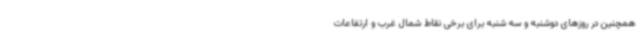
همچنین در روزهای دوشنبه و سه شنبه برای برخی نقاط شمال غرب و ارتفاعات